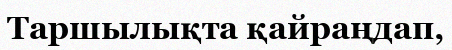
Таршылықта қайраңдап,